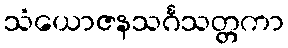
သံယောဇနသင်္ဂသတ္တကာ